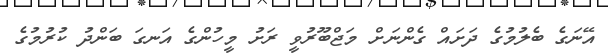
އޭނަގެ ބެލުމުގެ ދަށައް ގެންނަށް މަޖްބޫރުވީ ރަށު މީހުންގެ އަނގަ ބަންދު ކުރުމުގެ